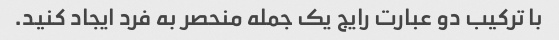
با ترکیب دو عبارت رایج یک جمله منحصر به فرد ایجاد کنید.